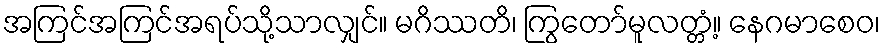
အကြင်အကြင်အရပ်သို့သာလျှင်။ မဂိဿတိ၊ ကြွတော်မူလတ္တံ့။ နေဂမာစေဝ၊